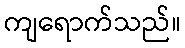
ကျရောက်သည်။